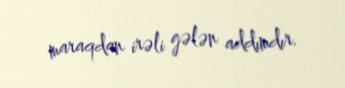
maraqdan irəli gələn addımdır.